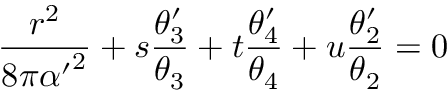
{ \frac { r ^ { 2 } } { 8 \pi { \alpha ^ { \prime } } ^ { 2 } } } + s { \frac { \theta _ { 3 } ^ { \prime } } { \theta _ { 3 } } } + t { \frac { \theta _ { 4 } ^ { \prime } } { \theta _ { 4 } } } + u { \frac { \theta _ { 2 } ^ { \prime } } { \theta _ { 2 } } } = 0